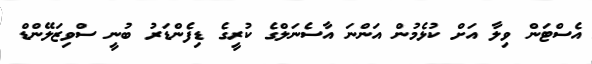
އެސްޓަން ވިލާ އަށް ކުޅެމުން އަންނަ އާސެނަލްގެ ކުރީގެ ޑިފެންޑަރު ބުނީ ސްވިޒަލޭންޑް